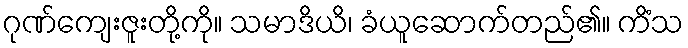
ဂုဏ်ကျေးဇူးတို့ကို။ သမာဒိယိ၊ ခံယူဆောက်တည်၏။ ကိံသ